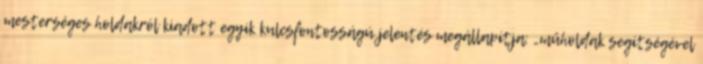
mesterséges holdakról kiadott egyik kulcsfontosságú jelentés megállapítja: „műholdak segítségével